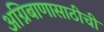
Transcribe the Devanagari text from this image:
अग्निबाणासाठीची